Indian journal of veterinary science and animal husbandry - Volumes 24-25, 1954-1955
Year: 1954
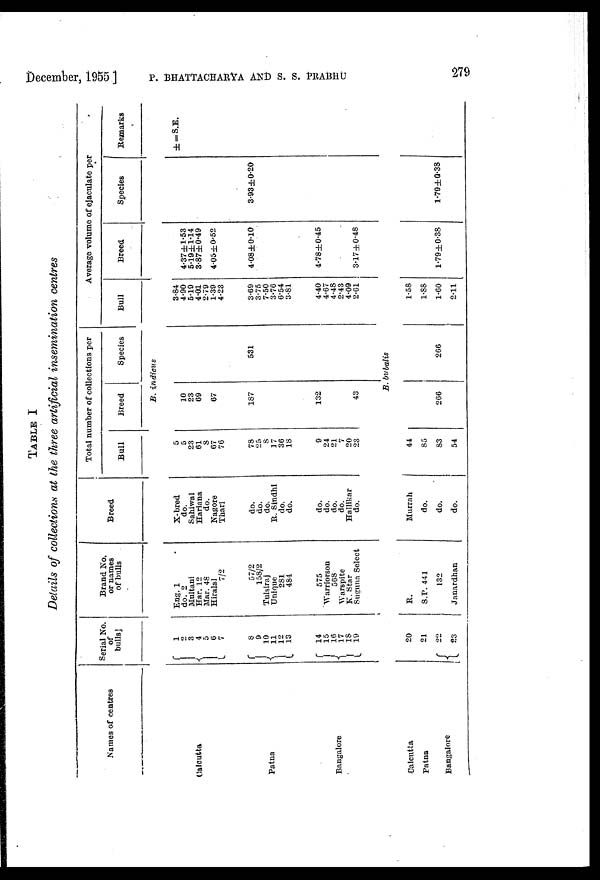
December,
TABLE I
Details of collections at the three artificial insemination centres
Names of centres
Calcutta
Patna
Bangalore
Calcutta
Patna
Bangalore
Serial No.
of
bulls
1
2
3
4
5
6
7
8
9
10
11 12
13
14
15
16
17 18
19
20
21
22
23
Brand No.
or names
of bulls
Eng. 1
do. 2
Multani
Har. 12
Mar. 48
Hiralal
7/2
57/2
158/2
Tulsiraj
Unique
281
484
575
Warriorson
568
Warspite
K. Star
Suguna Select
R.
S.P. 441
132
Janardhan
Breed
X-bred
do.
Sahiwal
Hariana
do.
Nagore
Thari
do.
do.
do.
R. Sindhi
do.
do.
do.
do.
do.
do.
Hallikar
do.
Murrah
do.
do.
do.
Total number of collections per
Bull
5
5
23
61
8
67
76
78
25
8
17
36
18
9
24
21
7
20
23
44
85
83
54
Breed
Species
B. indicus
10
23
69
67
187
132
43
531
B. bubalis
266
266
Average volume of ejaculate per
Bull
3.84
4.90
5.19
4.01
2.79
1.39
4.23
3.69
3.75
7.50
3.76
6.54
3.81
4.40
4.67
4.48
2.43
4.09
2.61
1.58
1.88
1.60
2.11
Breed
4.37±1.53
5.19±1.14
3.87±0.49
4.05±0.52
4.08±0.10
4.78±0.45
3.17±0.48
1.79±0.38
Species
3.93±0.20
1.79±0.38
Remarks
± = S.E.